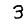
Digit: 3